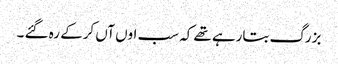
بزرگ بتارہے تھے کہ سب اوں آں کرکے رہ گئے ۔